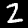
Digit: 2